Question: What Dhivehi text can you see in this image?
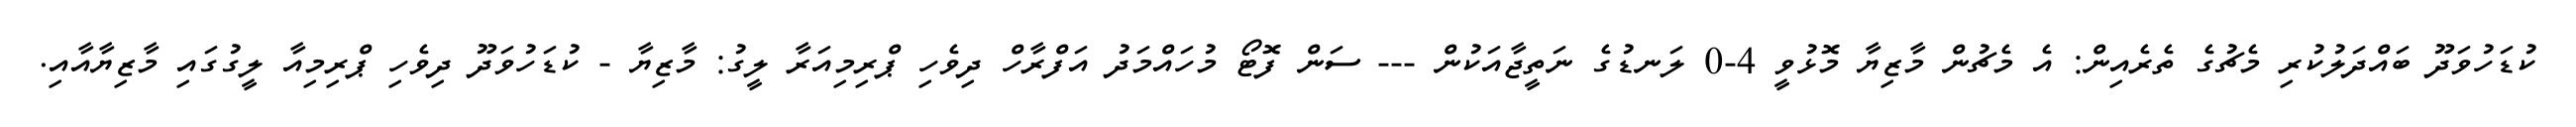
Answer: ކުޑަހުވަދޫ ބައްދަލުކުރި މެޗުގެ ތެރެއިން: އެ މެޗުން މާޒިޔާ މޮޅުވީ 4-0 ލަނޑުގެ ނަތީޖާއަކުން --- ސަން ފޮޓޯ މުހައްމަދު އަފްރާހް ދިވެހި ޕްރިމިއަރާ ލީގު: މާޒިޔާ - ކުޑަހުވަދޫ ދިވެހި ޕްރިމިއާ ލީގުގައި މާޒިޔާއާއި.